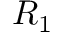
R _ { 1 }